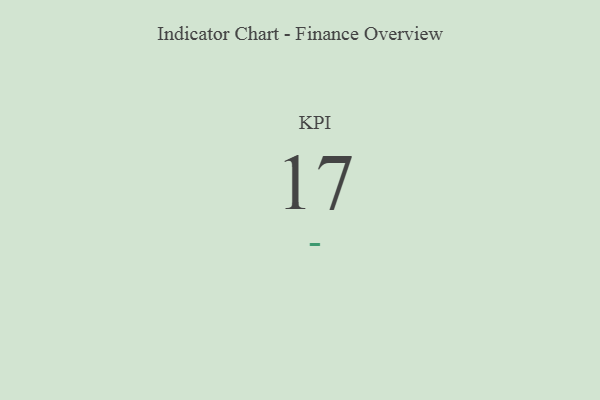
{"axis": {"x": "KPI", "y": "Value"}, "legend": [""], "data": [{"x": "KPI", "y": 17, "type": ""}]}